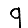
Digit: 9